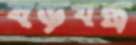
ষড়যন্ত্র